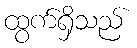
ထွက်ရှိသည်